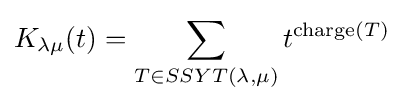
K_{\lambda \mu }(t)=\sum _{T\in SSYT(\lambda ,\mu )}t^{\mathrm {charge} (T)}